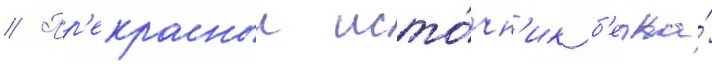
// Пр'екрасныи исто́чн'ик б'елка́